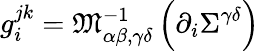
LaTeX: g_{i}^{jk}=\mathfrak{M}_{\alpha\beta,\gamma\delta}^{-1}\left(\partial_{i}\Sigma^{\gamma\delta}\right)